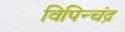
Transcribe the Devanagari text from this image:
विपिन्चंद्र